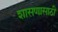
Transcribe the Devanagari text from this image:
शासणासाठी